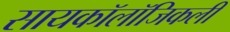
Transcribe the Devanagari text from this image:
सायकॉलॉजिकली